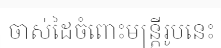
ចាស់ដៃចំពោះមន្ត្រីរូបនេះ